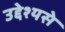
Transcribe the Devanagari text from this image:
उद्देश्यसे